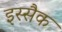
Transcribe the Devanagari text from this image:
इस्सैक